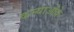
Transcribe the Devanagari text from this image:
कन्याओंके